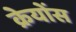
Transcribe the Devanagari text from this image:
क्रेयोंस